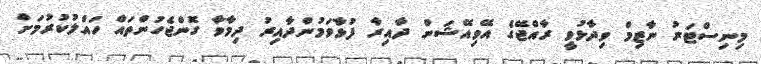
މިނިސްޓަރު ނާޒިމް ވިދާޅުވީ ރާއްޖޭގެ އޭވިއޭޝަން ދާއިރާ ފުޅާވަމުންދާއިރު ދިމާވާ ގޮންޖެހުންތައް ހައްލުކުރުމަށް